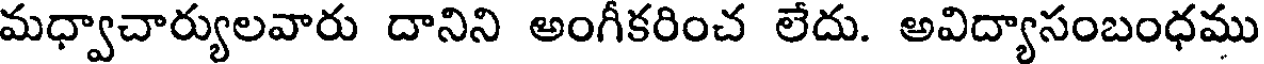
మధ్వాచార్యులవారు దానిని అంగీకరించ లేదు. అవిద్యాసంబంధము